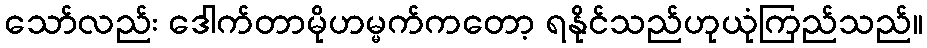
သော်လည်း ဒေါက်တာမိုဟမ္မက်ကတော့ ရနိုင်သည်ဟုယုံကြည်သည်။